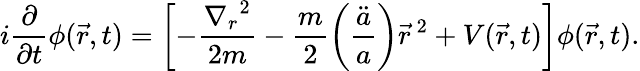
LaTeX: i\frac{\partial}{\partial t}\phi(\vec{r},t)=\left[-\frac{{\nabla_{r}}^{2}}{2m}-\frac{m}{2}\left(\frac{\ddot{a}}{a}\right){\vec{r}}^{\ 2}+V(\vec{r},t)\right]\phi(\vec{r},t).